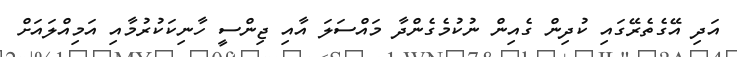
އަދި އޭގެތެރޭގައި ކުދިން ގެއިން ނުކުމެގެންދާ މައްސަލަ އާއި ޖިންސީ ހާނިކަކުރުމާއި އަމިއްލައަށް